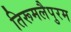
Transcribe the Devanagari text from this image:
तिरूमलैपुरम